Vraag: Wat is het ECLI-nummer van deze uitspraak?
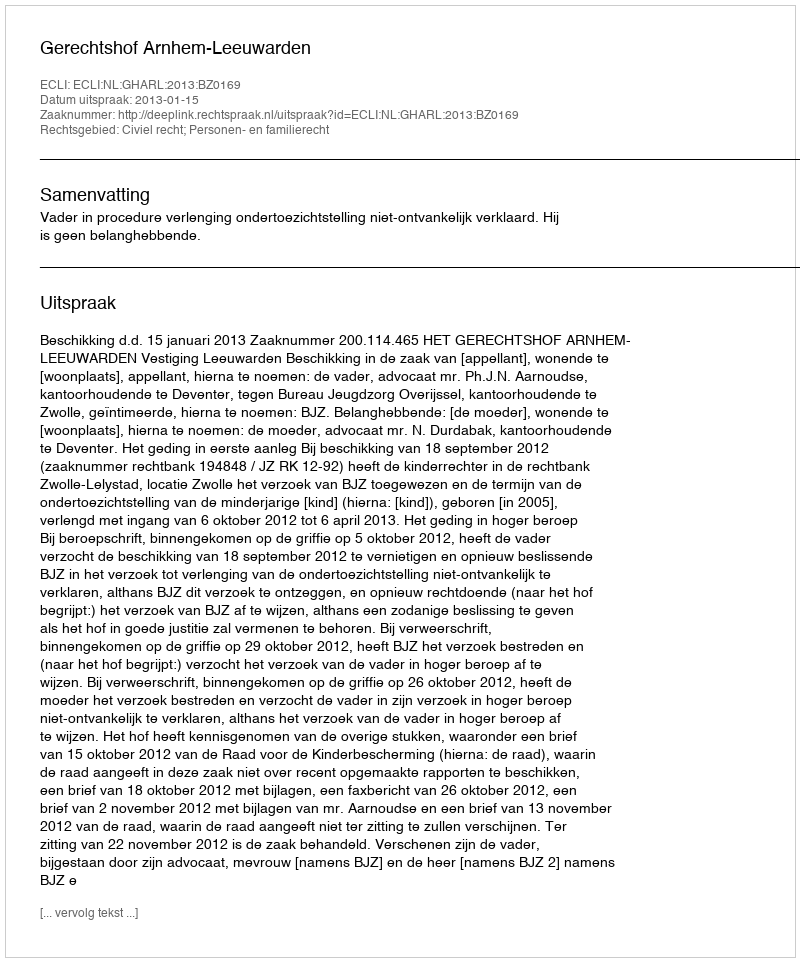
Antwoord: ECLI:NL:GHARL:2013:BZ0169